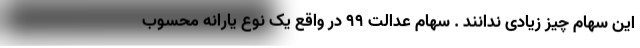
این سهام چیز زیادی ندانند . سهام عدالت ۹۹ در واقع یک نوع یارانه محسوب